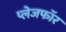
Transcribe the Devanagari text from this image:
प्लेजफॉर